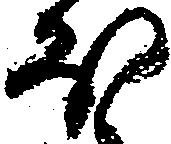
ほ